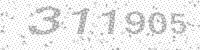
Solution: 311905